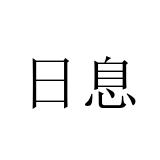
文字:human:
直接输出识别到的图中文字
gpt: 日息